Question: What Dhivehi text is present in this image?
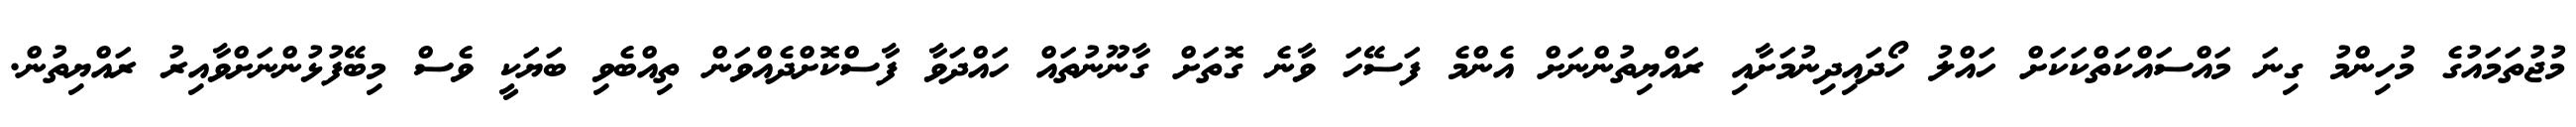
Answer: މުޖުތަމައުގެ މުހިންމު ގިނަ މައްސައްކަތްކަކަށް ހައްލު ހޯދައިދިނުމަށާއި ރައްޔިތުންނަށް އެންމެ ފަސޭހަ ވާނެ ގޮތަށް ގާނޫނުތައް ހައްދަވާ ފާސްކޮށްދެއްވަން ތިއްބެވި ބަޔަކީ ވެސް މިބޭފުޅުންނަށްވާއިރު ރައްޔިތުން.